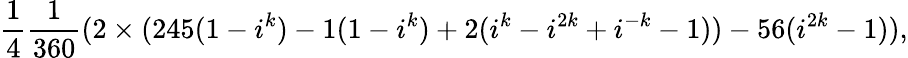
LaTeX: \frac{1}{4}\frac{1}{360}(2\times(245(1-i^{k})-1(1-i^{k})+2(i^{k}-i^{2k}+i^{-k}-1))-56(i^{2k}-1)),